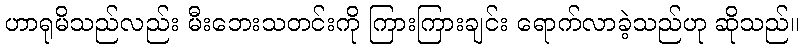
ဟာရုမိသည်လည်း မီးဘေးသတင်းကို ကြားကြားချင်း ရောက်လာခဲ့သည်ဟု ဆိုသည်။